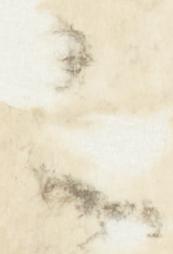
之